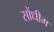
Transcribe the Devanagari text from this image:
सोंधीम